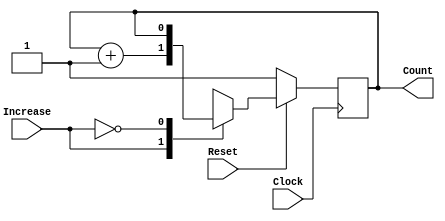
module EVState (Clock, Reset, Increase, Count);
	input Clock, Reset, Increase;

	// Output scoreKeeper is 3 bit number that should send to displayVictor module
	output Count;
	
	// Your code goes here!!
	reg ps; // Present State
	reg ns; // Next State
	
	initial ps = 1;
	
	// Next State logic
	always @(*) begin
	
		case (Increase)
		
			1: begin
							
				ns = ps + 1; // case for when counter should go up by 1	

			end 
				
			0: begin
				
				ns = ps;
						
			end

		endcase
		
	end

	// Output logic - could also be another always, or part of above block.
	assign Count = (ps);
	
	// DFFs
	always @(posedge Clock)
		if (!Reset) begin
			ps <= 1;
		end 	
		else begin
			ps <= ns;
		end
endmodule